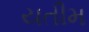
યતીમ